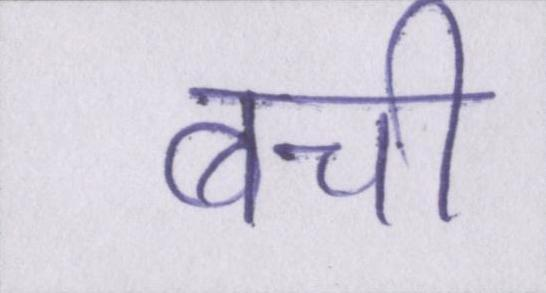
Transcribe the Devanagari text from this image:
बची